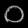
Digit: ၀